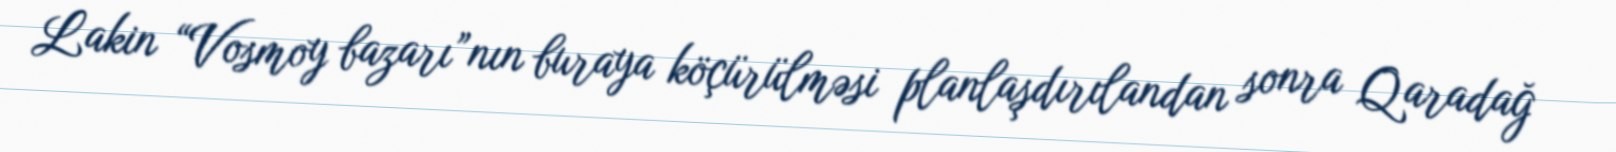
Lakin “Vosmoy bazarı”nın buraya köçürülməsi planlaşdırılandan sonra Qaradağ